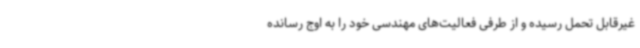
غیرقابل تحمل رسیده و از طرفی فعالیت‌های مهندسی خود را به اوج رسانده